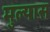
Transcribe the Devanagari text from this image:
मुल्यास